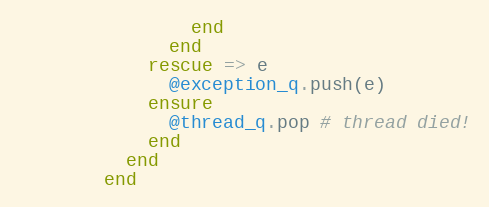
Language: Ruby
                end
              end
            rescue => e
              @exception_q.push(e)
            ensure
              @thread_q.pop # thread died!
            end
          end
        end